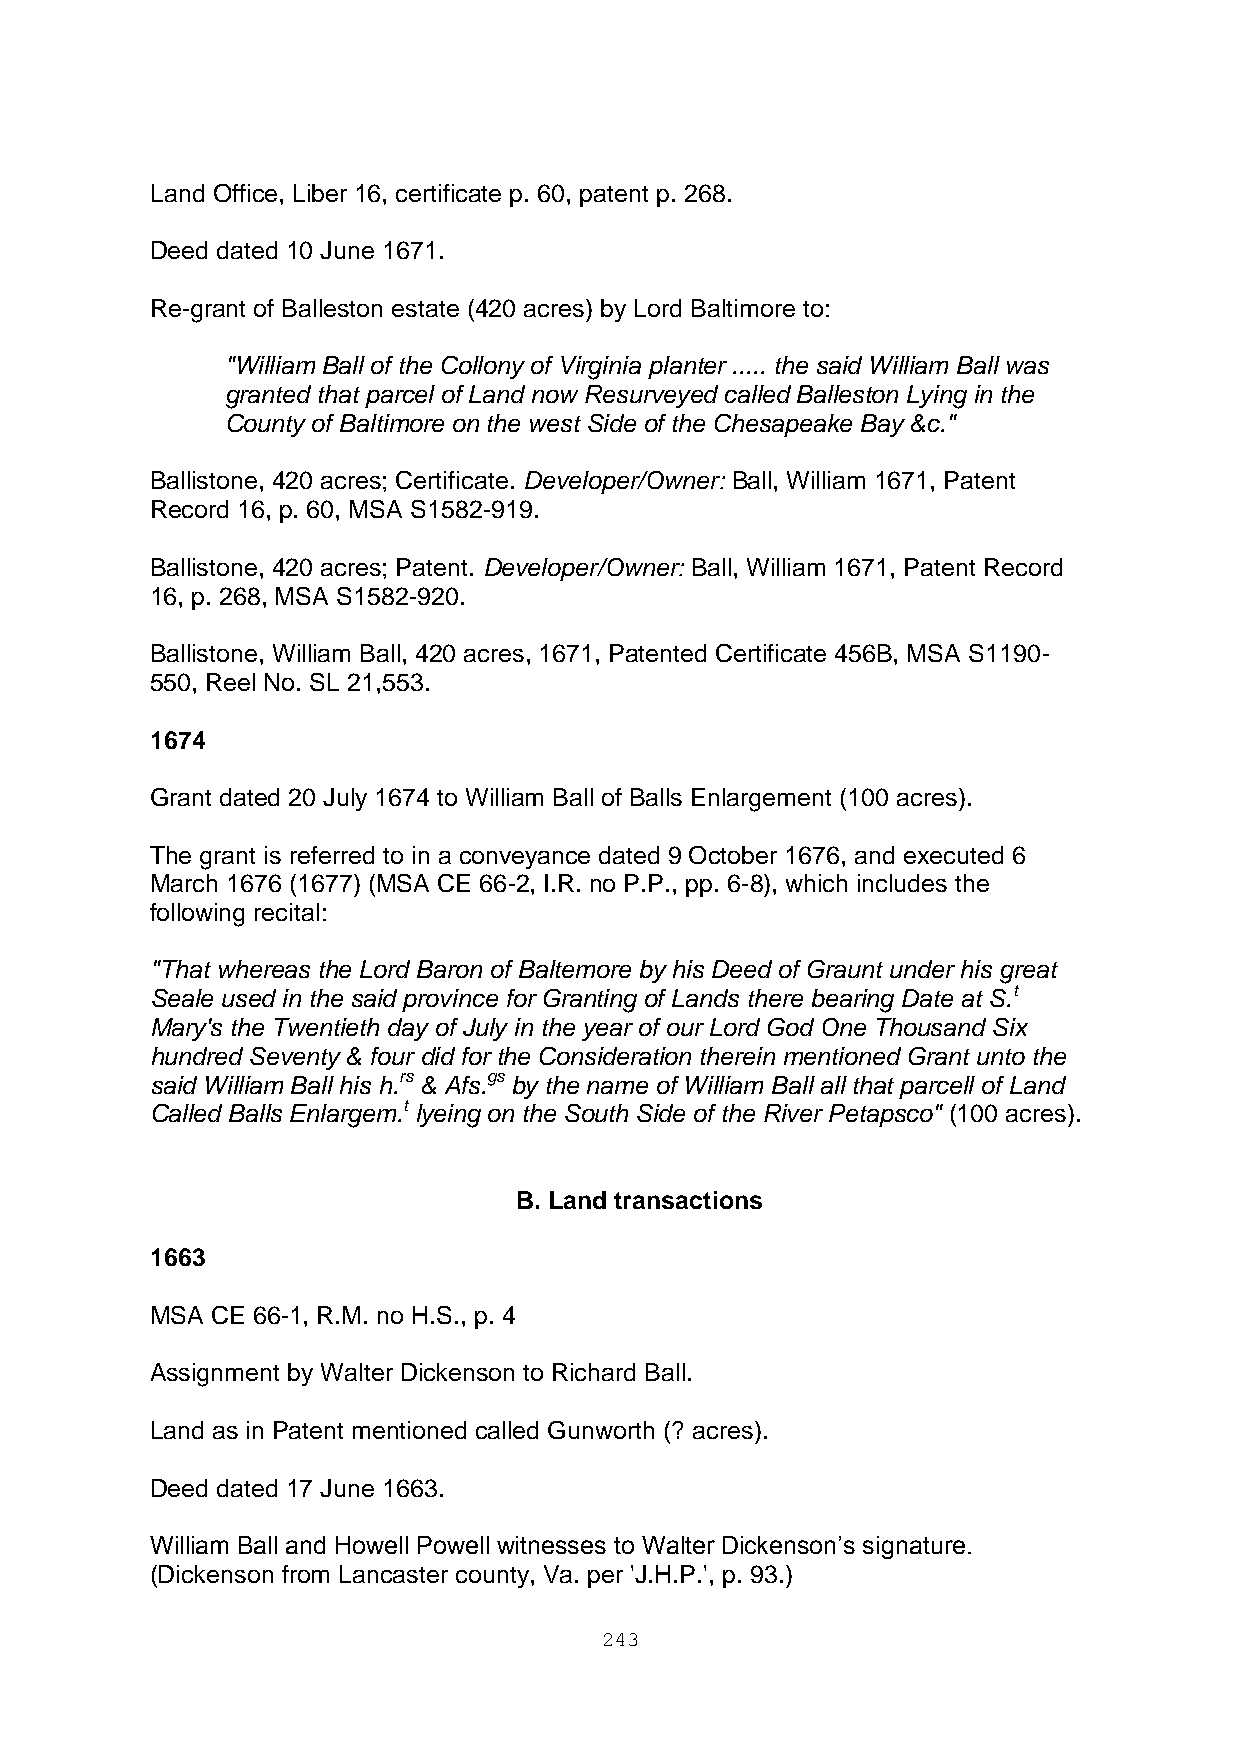
Land Office, Liber 16, certificate p. 60, patent p. 268.
 Deed dated 10 June 1671.
 Re-grant of Balleston estate (420 acres) by Lord Baltimore to:
 "William Ball of the Collony of Virginia planter ..... the said William Ball was
 granted that parcel of Land now Resurveyed called Balleston Lying in the
 County of Baltimore on the west Side of the Chesapeake Bay &c."
 Ballistone, 420 acres; Certificate. Developer/Owner: Ball, William 1671, Patent
 Record 16, p. 60, MSA S1582-919.
 Ballistone, 420 acres; Patent. Developer/Owner: Ball, William 1671, Patent Record
 16, p. 268, MSA S1582-920.
 Ballistone, William Ball, 420 acres, 1671, Patented Certificate 456B, MSA S1190-
 550, Reel No. SL 21,553.
 1674
 Grant dated 20 July 1674 to William Ball of Balls Enlargement (100 acres).
 The grant is referred to in a conveyance dated 9 October 1676, and executed 6
 March 1676 (1677) (MSA CE 66-2, I.R. no P.P., pp. 6-8), which includes the
 following recital:
 "That whereas the Lord Baron of Baltemore by his Deed of Graunt under his great
 Seale used in the said province for Granting of Lands there bearing Date at S.t
 Mary's the Twentieth day of July in the year of our Lord God One Thousand Six
 hundred Seventy & four did for the Consideration therein mentioned Grant unto the
 said William Ball his h.rs & Afs.gs by the name of William Ball all that parcell of Land
 Called Balls Enlargem.t lyeing on the South Side of the River Petapsco" (100 acres).
 B. Land transactions
 1663
 MSA CE 66-1, R.M. no H.S., p. 4
 Assignment by Walter Dickenson to Richard Ball.
 Land as in Patent mentioned called Gunworth (? acres).
 Deed dated 17 June 1663.
 William Ball and Howell Powell witnesses to Walter Dickenson’s signature.
 (Dickenson from Lancaster county, Va. per 'J.H.P.', p. 93.)
 243